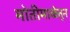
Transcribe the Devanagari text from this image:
मोतीमाळेतून